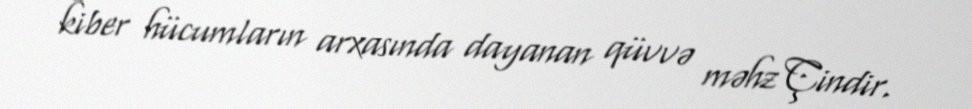
kiber hücumların arxasında dayanan qüvvə məhz Çindir.